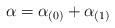
LaTeX: \begin{align*}\alpha=\alpha_{(0)}+\alpha_{(1)}\end{align*}